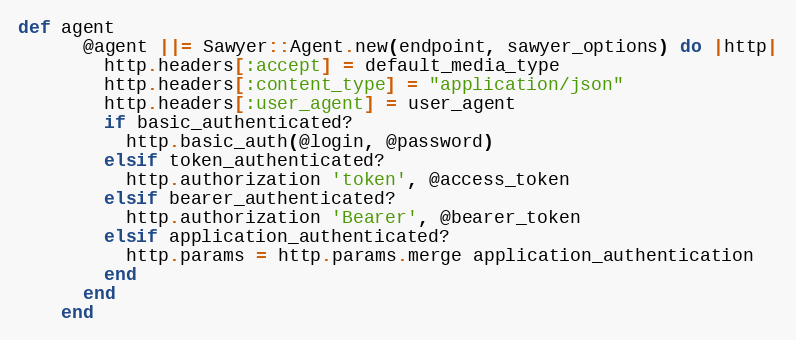
Language: Ruby
def agent
      @agent ||= Sawyer::Agent.new(endpoint, sawyer_options) do |http|
        http.headers[:accept] = default_media_type
        http.headers[:content_type] = "application/json"
        http.headers[:user_agent] = user_agent
        if basic_authenticated?
          http.basic_auth(@login, @password)
        elsif token_authenticated?
          http.authorization 'token', @access_token
        elsif bearer_authenticated?
          http.authorization 'Bearer', @bearer_token
        elsif application_authenticated?
          http.params = http.params.merge application_authentication
        end
      end
    end